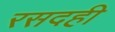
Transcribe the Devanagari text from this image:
रसदही